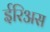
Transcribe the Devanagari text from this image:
ईरिअस